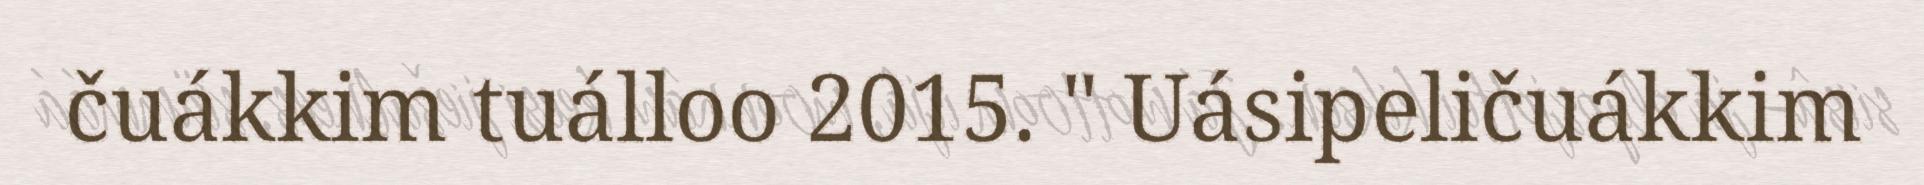
čuákkim tuálloo 2015. " Uásipeličuákkim